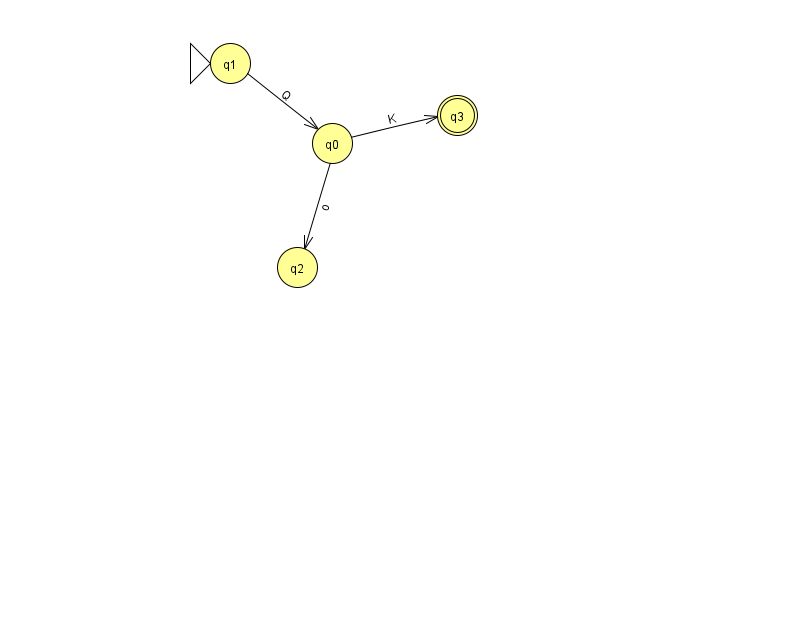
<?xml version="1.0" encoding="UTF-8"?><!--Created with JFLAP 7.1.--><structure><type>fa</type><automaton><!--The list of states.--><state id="0" name="q0"><x>332.0</x><y>130.0</y></state><state id="1" name="q1"><x>230.0</x><y>50.0</y><initial/></state><state id="2" name="q2"><x>297.0</x><y>254.0</y></state><state id="3" name="q3"><x>457.0</x><y>102.0</y><final/></state><!--The list of transitions.--><transition><from>1</from><to>0</to><read>Q</read></transition><transition><from>0</from><to>2</to><read>o</read></transition><transition><from>0</from><to>3</to><read>K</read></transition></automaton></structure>